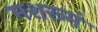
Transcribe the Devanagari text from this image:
मशरूमं